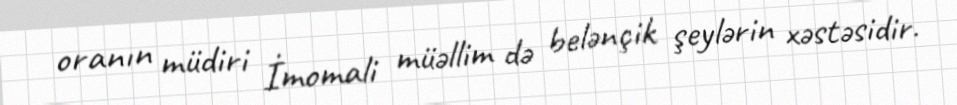
oranın müdiri İmomali müəllim də belənçik şeylərin xəstəsidir.